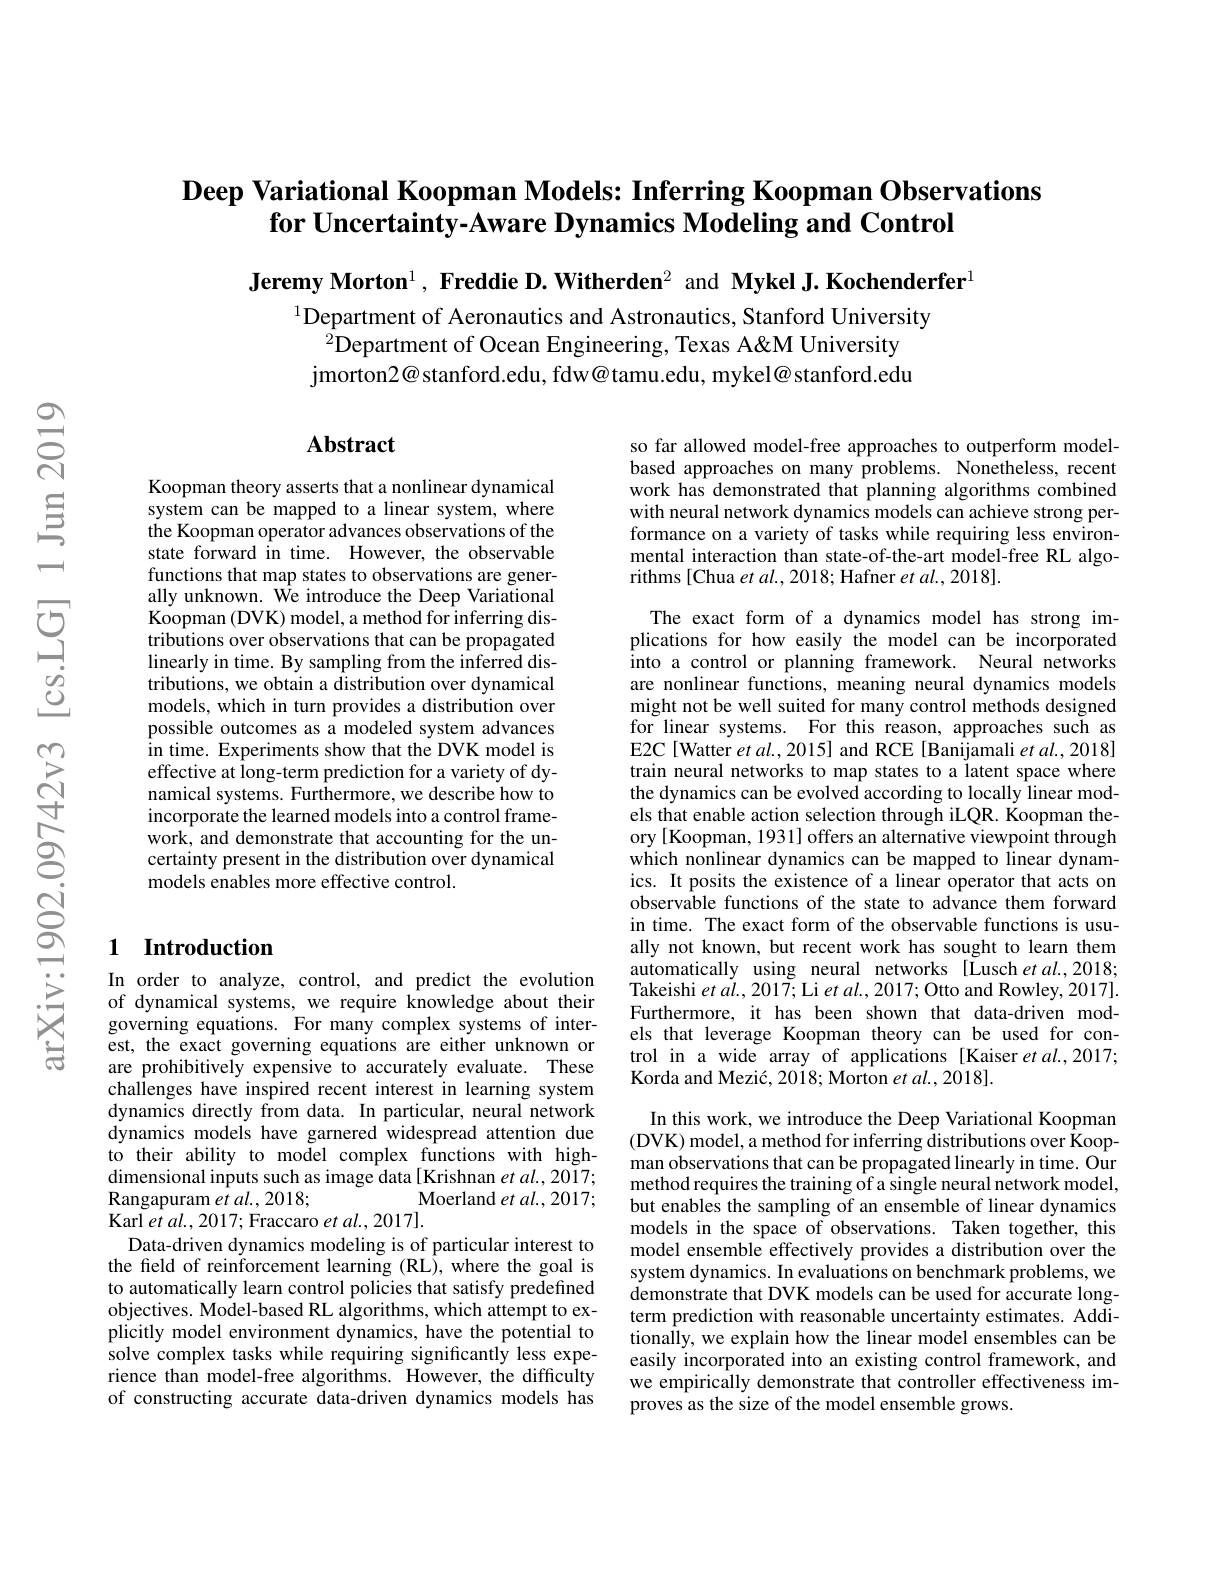
## Deep Variational Koopman Models: Inferring Koopman Observations $\textbf{for Uncertainty- Aware Dynamics Modeling and Control}$

Jeremy Morton$^1,\textbf{ Freddie D.Witherden}^2$ and Mykel J.Kochenderfer$^1$

$^{1}$Department of Aeronautics and Astronautics, Stanford University
$^{2}$Department of Ocean Engineering, Texas A&M University jmorton2@stanford.edu, fdw@tamu.edu, mykel@stanford.edu

## Abstract

Koopman theory asserts that a nonlinear dynamical system can be mapped to a linear system, where the Koopman operator advances observations of the state forward in time. However, the observable functions that map states to observations are generally unknown. We introduce the Deep Variational Koopman (DVK) model, a method for inferring distributions over observations that can be propagated linearly in time. By sampling from the inferred distributions, we obtain a distribution over dynamical models, which in turn provides a distribution over possible outcomes as a modeled system advances in time. Experiments show that the DVK model is effective at long-term prediction for a variety of dynamical systems. Furthermore, we describe how to incorporate the learned models into a control framework, and demonstrate that accounting for the uncertainty present in the distribution over dynamical models enables more effective control.

## 1 Introduction

In order to analyze, control, and predict the evolution of dynamical systems, we require knowledge about their governing equations. For many complex systems of interest, the exact governing equations are either unknown or are prohibitively expensive to accurately evaluate. These challenges have inspired recent interest in learning system dynamics directly from data. In particular, neural network dynamics models have garnered widespread attention due to their ability to model complex functions with highdimensional inputs such as image data[ Krishnan $et\textit{al. , 2017; }$
Moerland et al., 2017;
${\mathrm{Rangapuram~et~al.,~2018;}}$
Karl et al. , 2017; Fraccaro et al. , 2017] .
Data-driven dynamics modeling is of particular interest to the field of reinforcement learning (RL),where the goal is to automatically learn control policies that satisfy predefined objectives. Model-based RL algorithms, which attempt to explicitly model environment dynamics, have the potential to solve complex tasks while requiring significantly less experience than model-free algorithms. However, the difficulty of constructing accurate data-driven dynamics models has

so far allowed model-free approaches to outperform modelbased approaches on many problems. Nonetheless, recent work has demonstrated that planning algorithms combined with neural network dynamics models can achieve strong performance on a variety of tasks while requiring less environmental interaction than state-of-the-art model-free RL algorithms [Chua et al., 2018; Hafner et al., 2018]

The exact form of a dynamics model has strong implications for how easily the model can be incorporated into a control or planning framework. Neural networks are nonlinear functions, meaning neural dynamics models might not be well suited for many control methods designed for linear systems. For this reason, approaches such as E2C[Watter et al., 2015] and RCE [Banijamali et al., 2018] train neural networks to map states to a latent space where the dynamics can be evolved according to locally linear models that enable action selection through iLQR. Koopman theory [Koopman, 1931] offers an alternative viewpoint through which nonlinear dynamics can be mapped to linear dynamics. It posits the existence of a linear operator that acts on observable functions of the state to advance them forward in time. The exact form of the observable functions is usually not known, but recent work has sought to learn them automatically using neural networks [Lusch et al.,2018; Takeishi $etal.,201\tilde{7};$Li et al., 2017; Otto and Rowley, 2017]. Furthermore, it has been shown that data-driven models that leverage Koopman theory can be used for control in a wide array of applications [Kaiser et al.,2017; Korda and Mezić, 2018; Morton et al., 2018].

In this work, we introduce the Deep Variational Koopman (DVK) model, a method for inferring distributions over Koopman observations that can be propagated linearly in time. Our method requires the training of a single neural network model, but enables the sampling of an ensemble of linear dynamics models in the space of observations. Taken together, this model ensemble effectively provides a distribution over the system dynamics. In evaluations on benchmark problems, we demonstrate that DVK models can be used for accurate longterm prediction with reasonable uncertainty estimates. Additionally, we explain how the linear model ensembles can be easily incorporated into an existing control framework, and we empirically demonstrate that controller effectiveness improves as the size of the model ensemble grows.